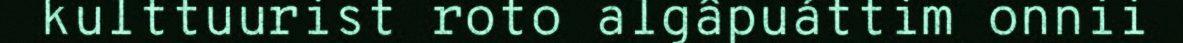
kulttuurist roto algâpuáttim onnii